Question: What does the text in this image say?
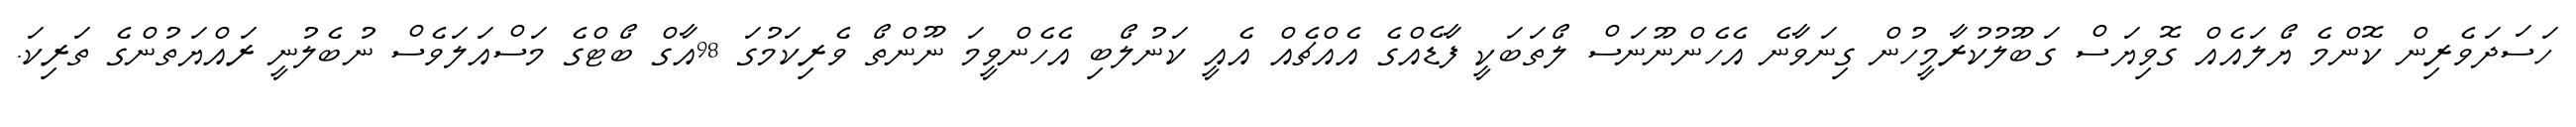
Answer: ހަސަދަވެރިން ކޮންމެ ޔޯލައެއް ގޮވިޔަސް ގަބޫލުކުރާމީހުން ގިނަވާނެ އެހެންނޫނަސް ލޯތަބަކީ ފާޑެއްގެ އެއްޗެއް އެއީ ކަނުލޯބި އެހެންވީމަ ނޫންތޯ ވެރިކަމުގަ 98އާގް ބޯޓްގެ މަސްއަލަވެސް ނުބެލުނީ ރައްޔަތުންގެ ތަރިކަ.